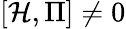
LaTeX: [{\mathcal{H}},{\Pi}]\neq 0